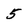
Character: 5